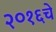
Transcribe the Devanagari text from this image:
२०१६चे